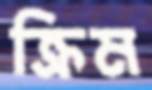
ক্রিম